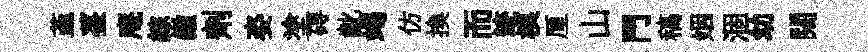
韮薹庵綜巔劑姿塗碍齔竭仿換而迹模厘山門稿姻涸幼闊